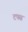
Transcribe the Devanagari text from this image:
टफ्स